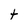
Character: t